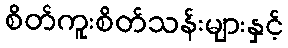
စိတ်ကူးစိတ်သန်းများနှင့်